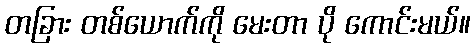
တခြား တစ်ယောက်ကို မေးတာ ပို ကောင်းမယ်။